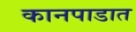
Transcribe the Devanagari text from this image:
कानपाडात